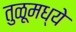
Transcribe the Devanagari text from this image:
तुळूमध्ये